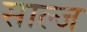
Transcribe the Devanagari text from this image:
साल्ज